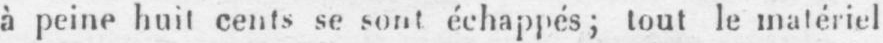
à peine huit cents se sont échappés; lout le matériel